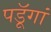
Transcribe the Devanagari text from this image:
पडॅ़ूगां